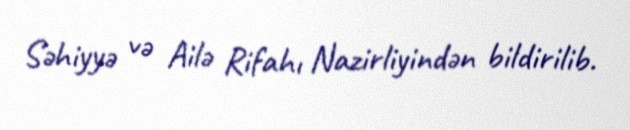
Səhiyyə və Ailə Rifahı Nazirliyindən bildirilib.